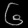
Digit: ၆